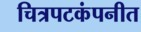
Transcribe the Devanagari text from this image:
चित्रपटकंपनीत